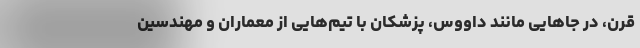
قرن، در جاهایی مانند داووس، پزشکان با تیم‌هایی از معماران و مهندسین